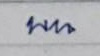
บน